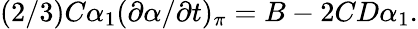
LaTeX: (2/3)C\alpha_{1}(\partial\alpha/\partial{t})_{\pi}=B-2CD\alpha_{1}.